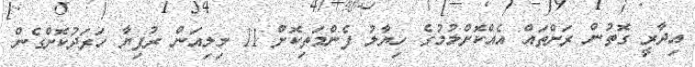
އިދާރީ ގޮތުން ރަށްތައް އެއްކޮށްލުމުގެ ހިޔާލު ފެންމަތިކޮށް 11 މިލިއަން ރުފިޔާ ހަރަދުކޮށްގެން